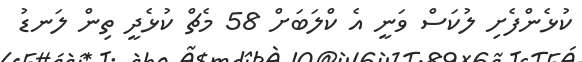
ކުޅެންފެށި ލުކަސް ވަނީ އެ ކްލަބަށް 58 މެޗް ކުޅެދީ ތިން ލަނޑު